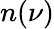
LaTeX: n(\nu)